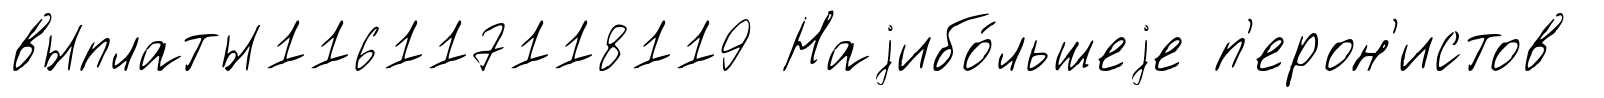
выплаты116117118119 Наjибо́льшеjе п'ерон'истов